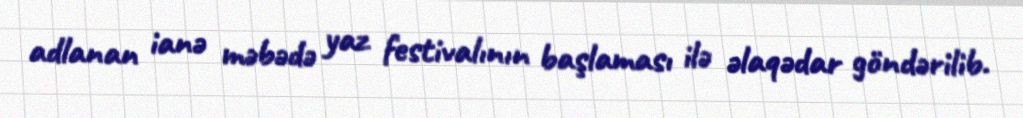
adlanan ianə məbədə yaz festivalının başlaması ilə əlaqədar göndərilib.